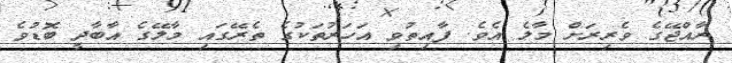
ރާއްޖޭގެ ވެރިރަށް މާލެ އެވެ. ފާއިތުވި އަހަރުތަކުގެ ތެރޭގައި މާލޭގެ އާބާދީ ބޮޑުވެ